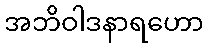
အဘိဝါဒနာရဟော